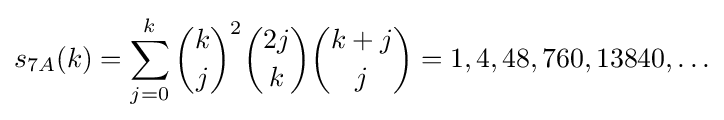
s_{7A}(k)=\sum _{j=0}^{k}{\binom {k}{j}}^{2}{\binom {2j}{k}}{\binom {k+j}{j}}=1,4,48,760,13840,\ldots